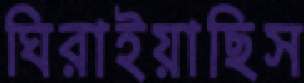
ঘিরাইয়াছিস